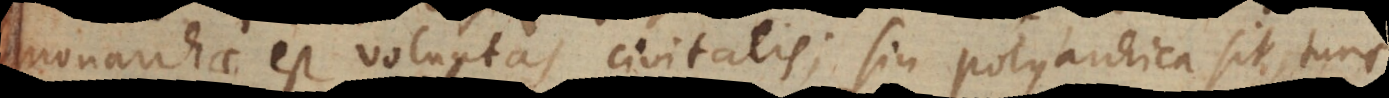
monarchae est voluntas civitatis; sin polyarchica sit, tunc